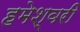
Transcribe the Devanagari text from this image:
हमेश्वरी